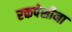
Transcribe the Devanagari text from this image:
रक्तपेशीना